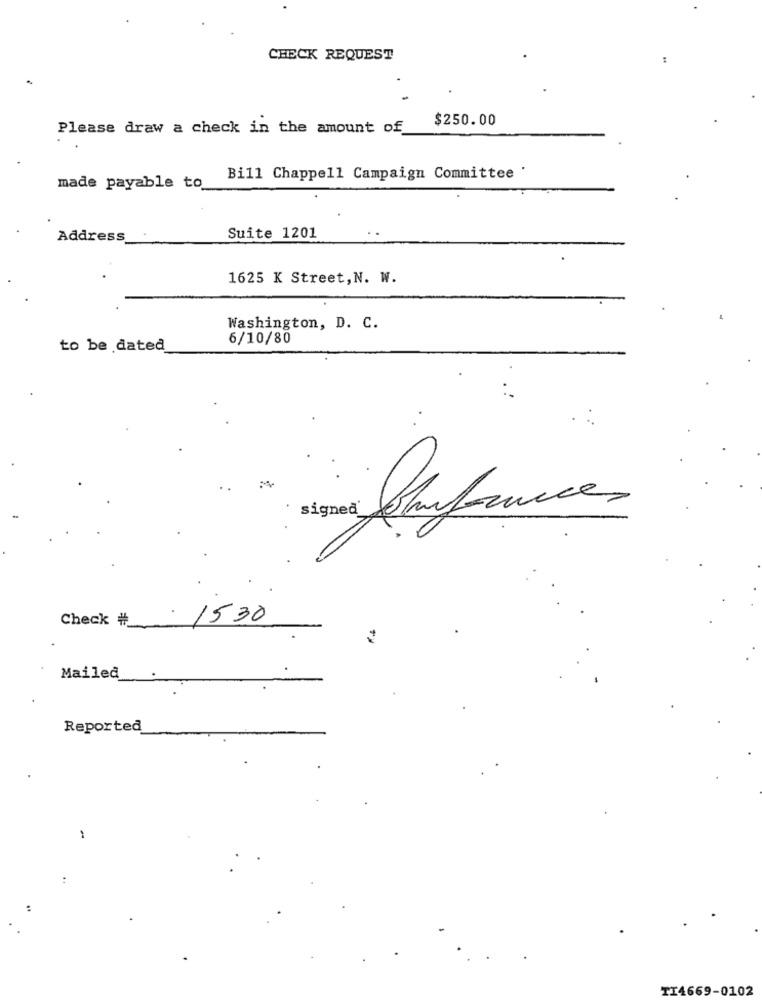
CHECK REQUEST
$250.00
Please draw a check in the amount of
Bill Chappell Campaign Committee '
made payable to
Address
Suite 1201
1625 K Street, N. W.
Washington, D. C.
6/10/80
to be dated
Signed Somfences
Check #_
1530
Mailed
Reported
-
TI4669-0102